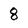
Character: 8